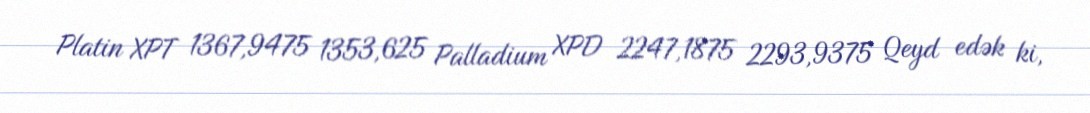
Platin XPT 1367,9475 1353,625 Palladium XPD 2247,1875 2293,9375 Qeyd edək ki,